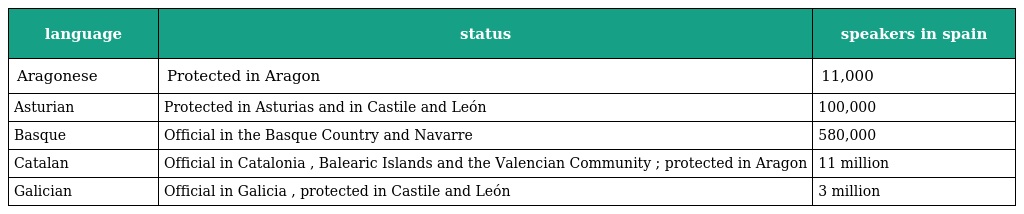
| language | status | speakers in spain |
 | --- | --- | --- |
 | Aragonese | Protected in Aragon | 11,000 |
 | Asturian | Protected in Asturias and in Castile and León | 100,000 |
 | Basque | Official in the Basque Country and Navarre | 580,000 |
 | Catalan | Official in Catalonia , Balearic Islands and the Valencian Community ; protected in Aragon | 11 million |
 | Galician | Official in Galicia , protected in Castile and León | 3 million |